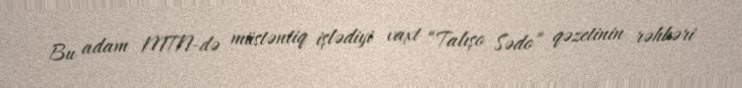
Bu adam MTN-də müstəntiq işlədiyi vaxt “Talışo Sədo” qəzetinin rəhbəri